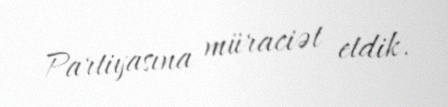
Partiyasına müraciət etdik.